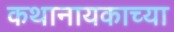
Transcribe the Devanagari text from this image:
कथानायकाच्या